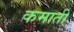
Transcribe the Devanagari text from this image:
कमातीं